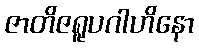
ဇာတိဇရူပဂါဟိနော